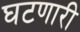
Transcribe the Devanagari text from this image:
घटणारी